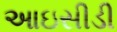
આઇસીડી